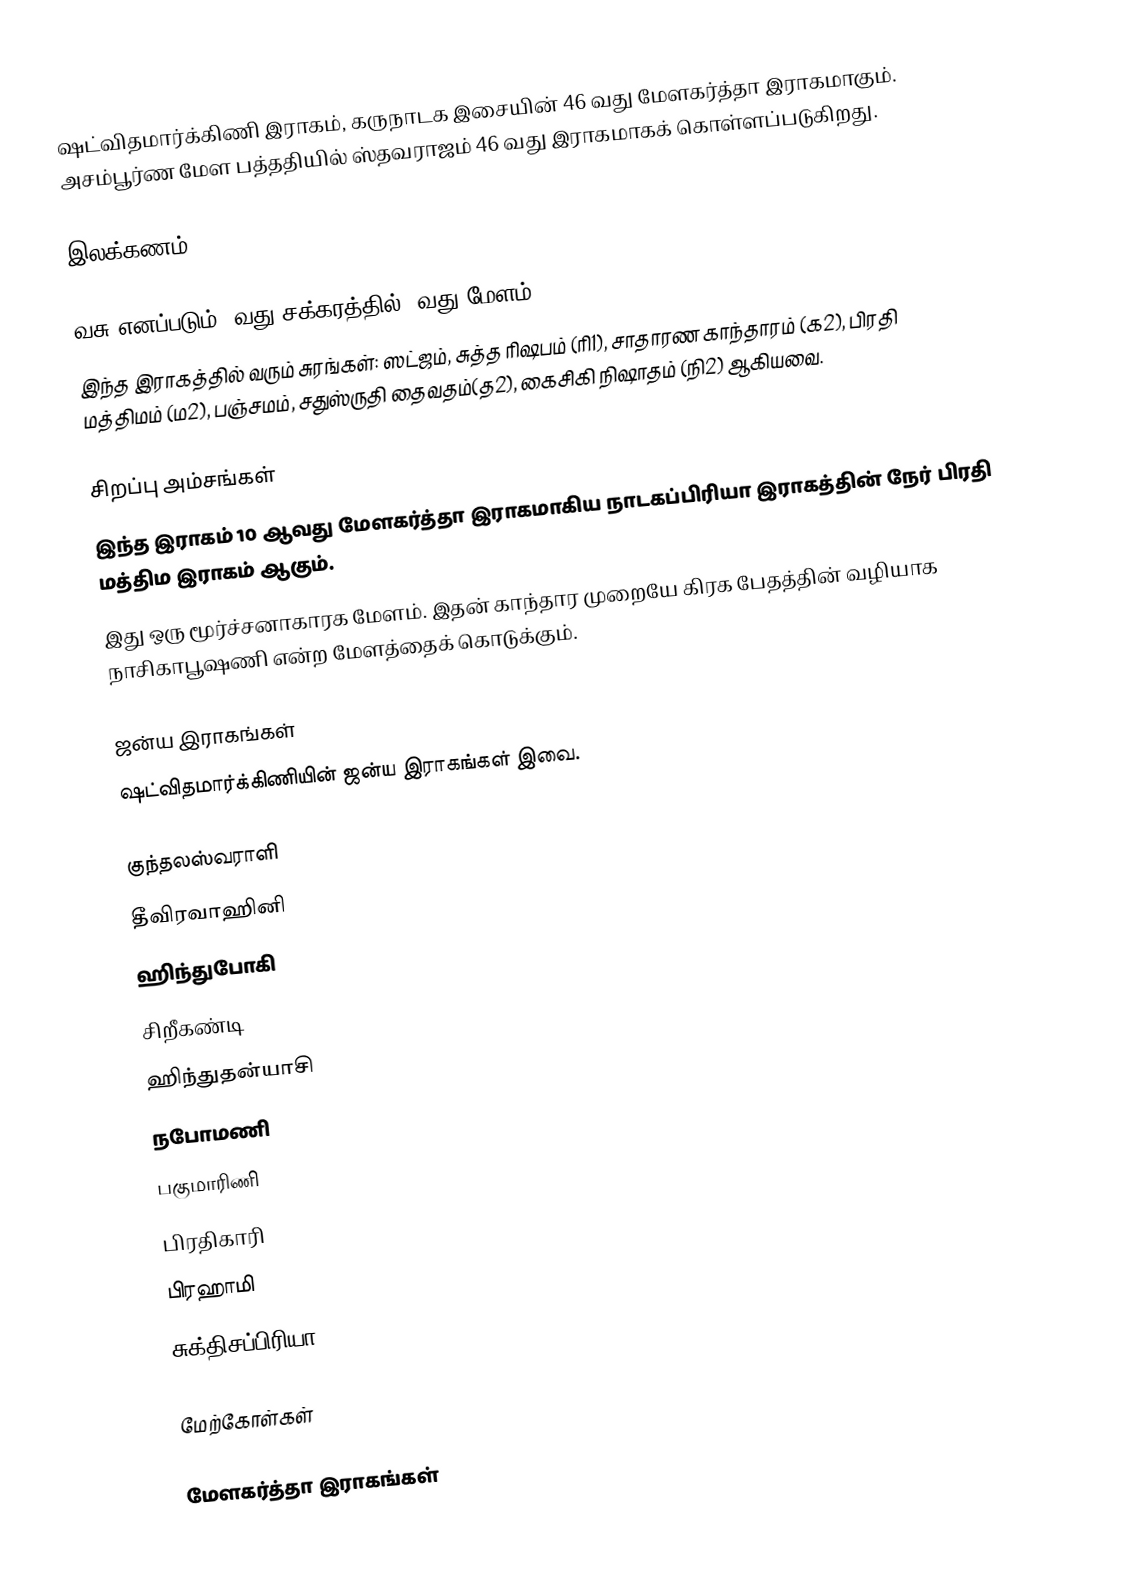
ஷட்விதமார்க்கிணி இராகம், கருநாடக இசையின் 46 வது மேளகர்த்தா இராகமாகும். அசம்பூர்ண மேள பத்ததியில் ஸ்தவராஜம் 46 வது இராகமாகக் கொள்ளப்படுகிறது.

இலக்கணம்

 வசு எனப்படும்  8வது சக்கரத்தில் 4வது மேளம்.
 இந்த இராகத்தில் வரும் சுரங்கள்: ஸட்ஜம், சுத்த ரிஷபம் (ரி1), சாதாரண காந்தாரம் (க2), பிரதி மத்திமம் (ம2), பஞ்சமம், சதுஸ்ருதி தைவதம்(த2), கைசிகி நிஷாதம் (நி2) ஆகியவை.

சிறப்பு அம்சங்கள்
 இந்த இராகம் 10 ஆவது மேளகர்த்தா இராகமாகிய நாடகப்பிரியா இராகத்தின் நேர் பிரதி மத்திம இராகம் ஆகும்.
 இது ஒரு மூர்ச்சனாகாரக மேளம். இதன் காந்தார முறையே கிரக பேதத்தின் வழியாக நாசிகாபூஷணி என்ற மேளத்தைக் கொடுக்கும்.

ஜன்ய இராகங்கள்
ஷட்விதமார்க்கிணியின் ஜன்ய இராகங்கள் இவை.

 குந்தலஸ்வராளி
 தீவிரவாஹினி
 ஹிந்துபோகி
 சிறீகண்டி
 ஹிந்துதன்யாசி
 நபோமணி
 பகுமாரிணி
 பிரதிகாரி
 பிரஹாமி
 சுக்திசப்பிரியா

மேற்கோள்கள்

 மேளகர்த்தா இராகங்கள்